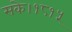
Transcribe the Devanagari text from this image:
सके।१८१५